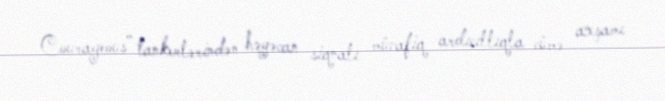
Courageous” tankerlərindən həyəcan siqnalı müvafiq ardıcıllıqla cümə axşamı